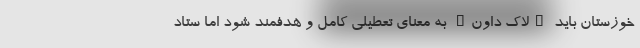
خوزستان باید "لاک داون" به معنای تعطیلی کامل و هدفمند شود اما ستاد